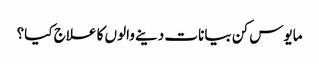
مایوس کن بیانات دینے والوں کا علاج کیا؟